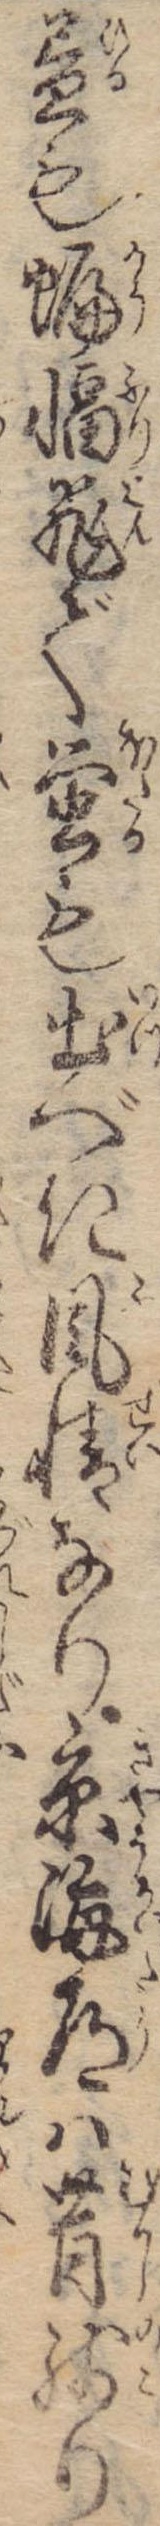
昼も蝙飛で蛍も出べき風情なり京海道は昔残り